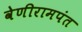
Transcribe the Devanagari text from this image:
वेणीरामपंत